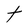
Character: t